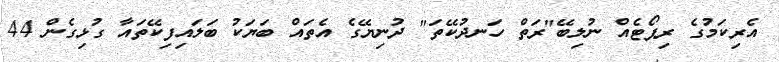
އެރިކަމުގެ ރިޕޯޓެއް ނުލިބޭ"ރަތް ހަނދުކޭތަ" ދުނިޔޭގެ އެތައް ބަޔަކު ބަލައިފިކޭތައާ ގުޅިގެން 44